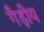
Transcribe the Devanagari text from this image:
गैड़ीय